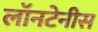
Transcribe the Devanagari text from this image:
लॉनटेनीस